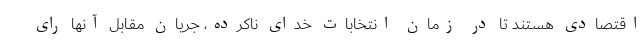
اقتصادی هستند تا در زمان انتخابات خدای ناکرده، جریان مقابل آنها رای